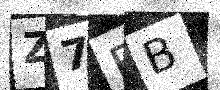
Text: Z7FB